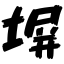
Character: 塀